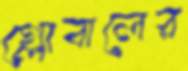
গ্লোবালের